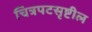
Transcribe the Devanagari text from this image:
चित्रपटसृष्टील